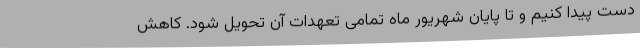
دست پیدا کنیم و تا پایان شهریور ماه تمامی تعهدات آن تحویل شود. کاهش